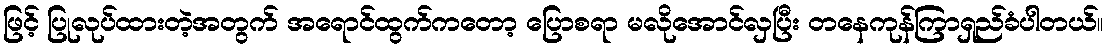
ဖြင့် ပြုလုပ်ထားတဲ့အတွက် အရောင်ထွက်ကတော့ ပြောစရာ မလိုအောင်လှပြီး တနေကုန်ကြာရှည်ခံပါတယ်။